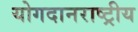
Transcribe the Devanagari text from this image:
योगदानराष्ट्रीय